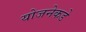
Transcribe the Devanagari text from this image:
योजनेकडे